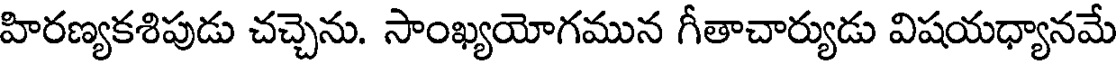
హిరణ్యకశిపుడు చచ్చెను. సాంఖ్యయోగమున గీతాచార్యుడు విషయధ్యానమే